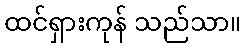
ထင်ရှားကုန် သည်သာ။